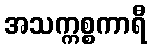
အသက္ကစ္စကာရီ